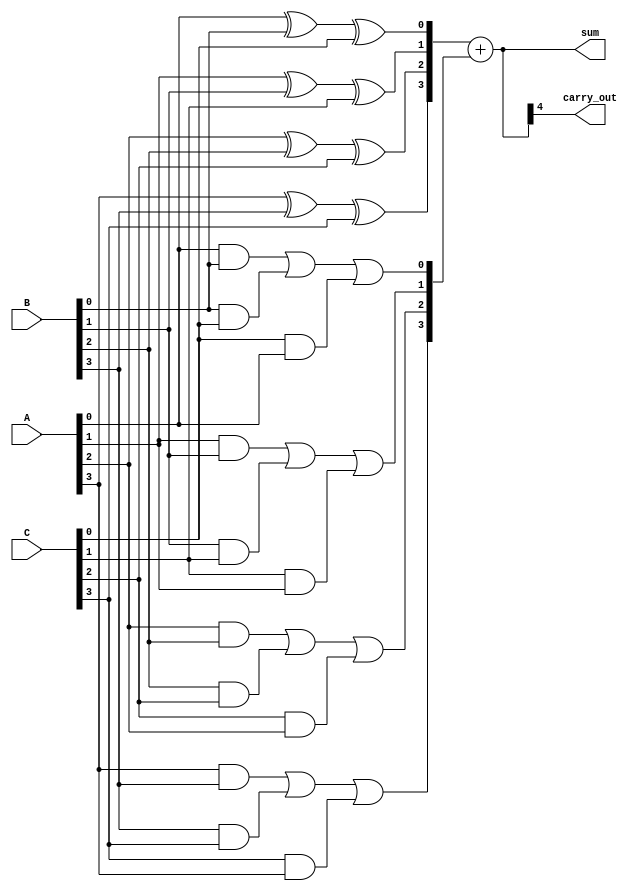
module CarrySaveAdder (
    input [3:0] A,  // 4-bit input A
    input [3:0] B,  // 4-bit input B
    input [3:0] C,  // 4-bit input C
    output [4:0] sum, // 5-bit output sum (to accommodate carry)
    output carry_out   // Carry out
);

    wire [3:0] partial_sum; // Partial sums
    wire [3:0] carry;       // Carry bits

    // Generate partial sums and carry bits
    assign partial_sum[0] = A[0] ^ B[0] ^ C[0];
    assign partial_sum[1] = A[1] ^ B[1] ^ C[1];
    assign partial_sum[2] = A[2] ^ B[2] ^ C[2];
    assign partial_sum[3] = A[3] ^ B[3] ^ C[3];

    assign carry[0] = (A[0] & B[0]) | (B[0] & C[0]) | (C[0] & A[0]);
    assign carry[1] = (A[1] & B[1]) | (B[1] & C[1]) | (C[1] & A[1]);
    assign carry[2] = (A[2] & B[2]) | (B[2] & C[2]) | (C[2] & A[2]);
    assign carry[3] = (A[3] & B[3]) | (B[3] & C[3]) | (C[3] & A[3]);

    // Final addition of partial sums and carry bits
    wire [4:0] final_sum; // Final sum including carry
    assign final_sum = {1'b0, partial_sum} + {1'b0, carry}; // Add carry to partial sums

    // Assign outputs
    assign sum = final_sum; // 5-bit sum output
    assign carry_out = final_sum[4]; // Carry out bit

endmodule